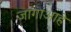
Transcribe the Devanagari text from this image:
जागाआहे